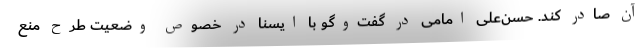
آن صادر کند. حسن‌علی امامی در گفت‌وگو با ایسنا در خصوص وضعیت طرح منع